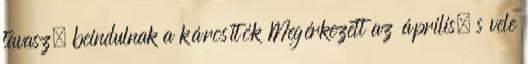
tavasz, beindulnak a károsítók Megérkezett az április, s vele